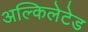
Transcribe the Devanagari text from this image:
अल्किलेटेड